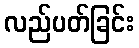
လည်ပတ်ခြင်း